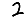
Digit: 2